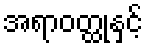
အရာဝတ္ထုနှင့်